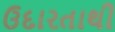
ઉદારતાથી